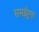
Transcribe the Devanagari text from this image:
समझूँगा